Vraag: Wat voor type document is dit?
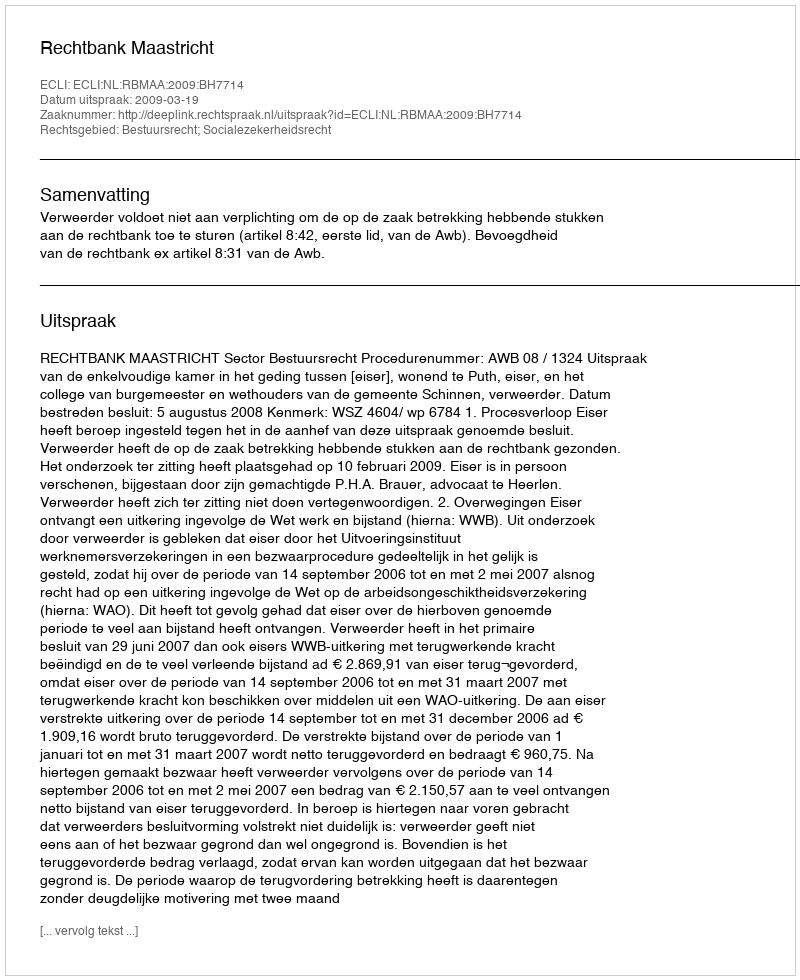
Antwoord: Uitspraak